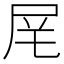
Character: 𪨌